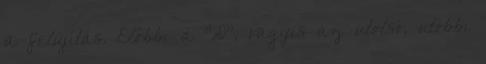
a felújítás. Előbbi a "D", vagyis az utolsó, utóbbi